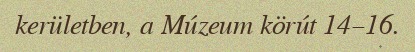
kerületben, a Múzeum körút 14–16.